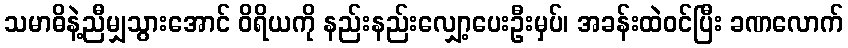
သမာဓိနဲ့ညီမျှသွားအောင် ဝိရိယကို နည်းနည်းလျှော့ပေးဦးမှပ်၊ အခန်းထဲဝင်ပြီး ခဏလောက်